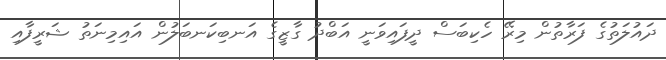
ދައުލަތުގެ ފަރާތުން މިރޭ ހެކިބަސް ދީފައިވަނީ އަބްދު ގާޒީގެ އަނބިކަނބަލުން އައިމިނަތު ޝަރީފާއި